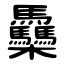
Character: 䯂